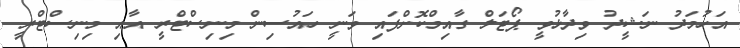
އަހުމަދު ނަޝީދު ވިދާޅުވީ ޕޯޓަލް ގާއިމްކޮށްފައި ވަނީ ހައުސިން މިނިސްޓްރީ އާއި މިނިސްޓްރީ